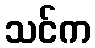
သင်က